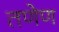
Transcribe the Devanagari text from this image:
तणेण